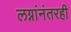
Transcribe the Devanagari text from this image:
लग्नांनंतरही